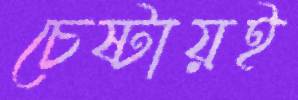
চেষ্টায়ই